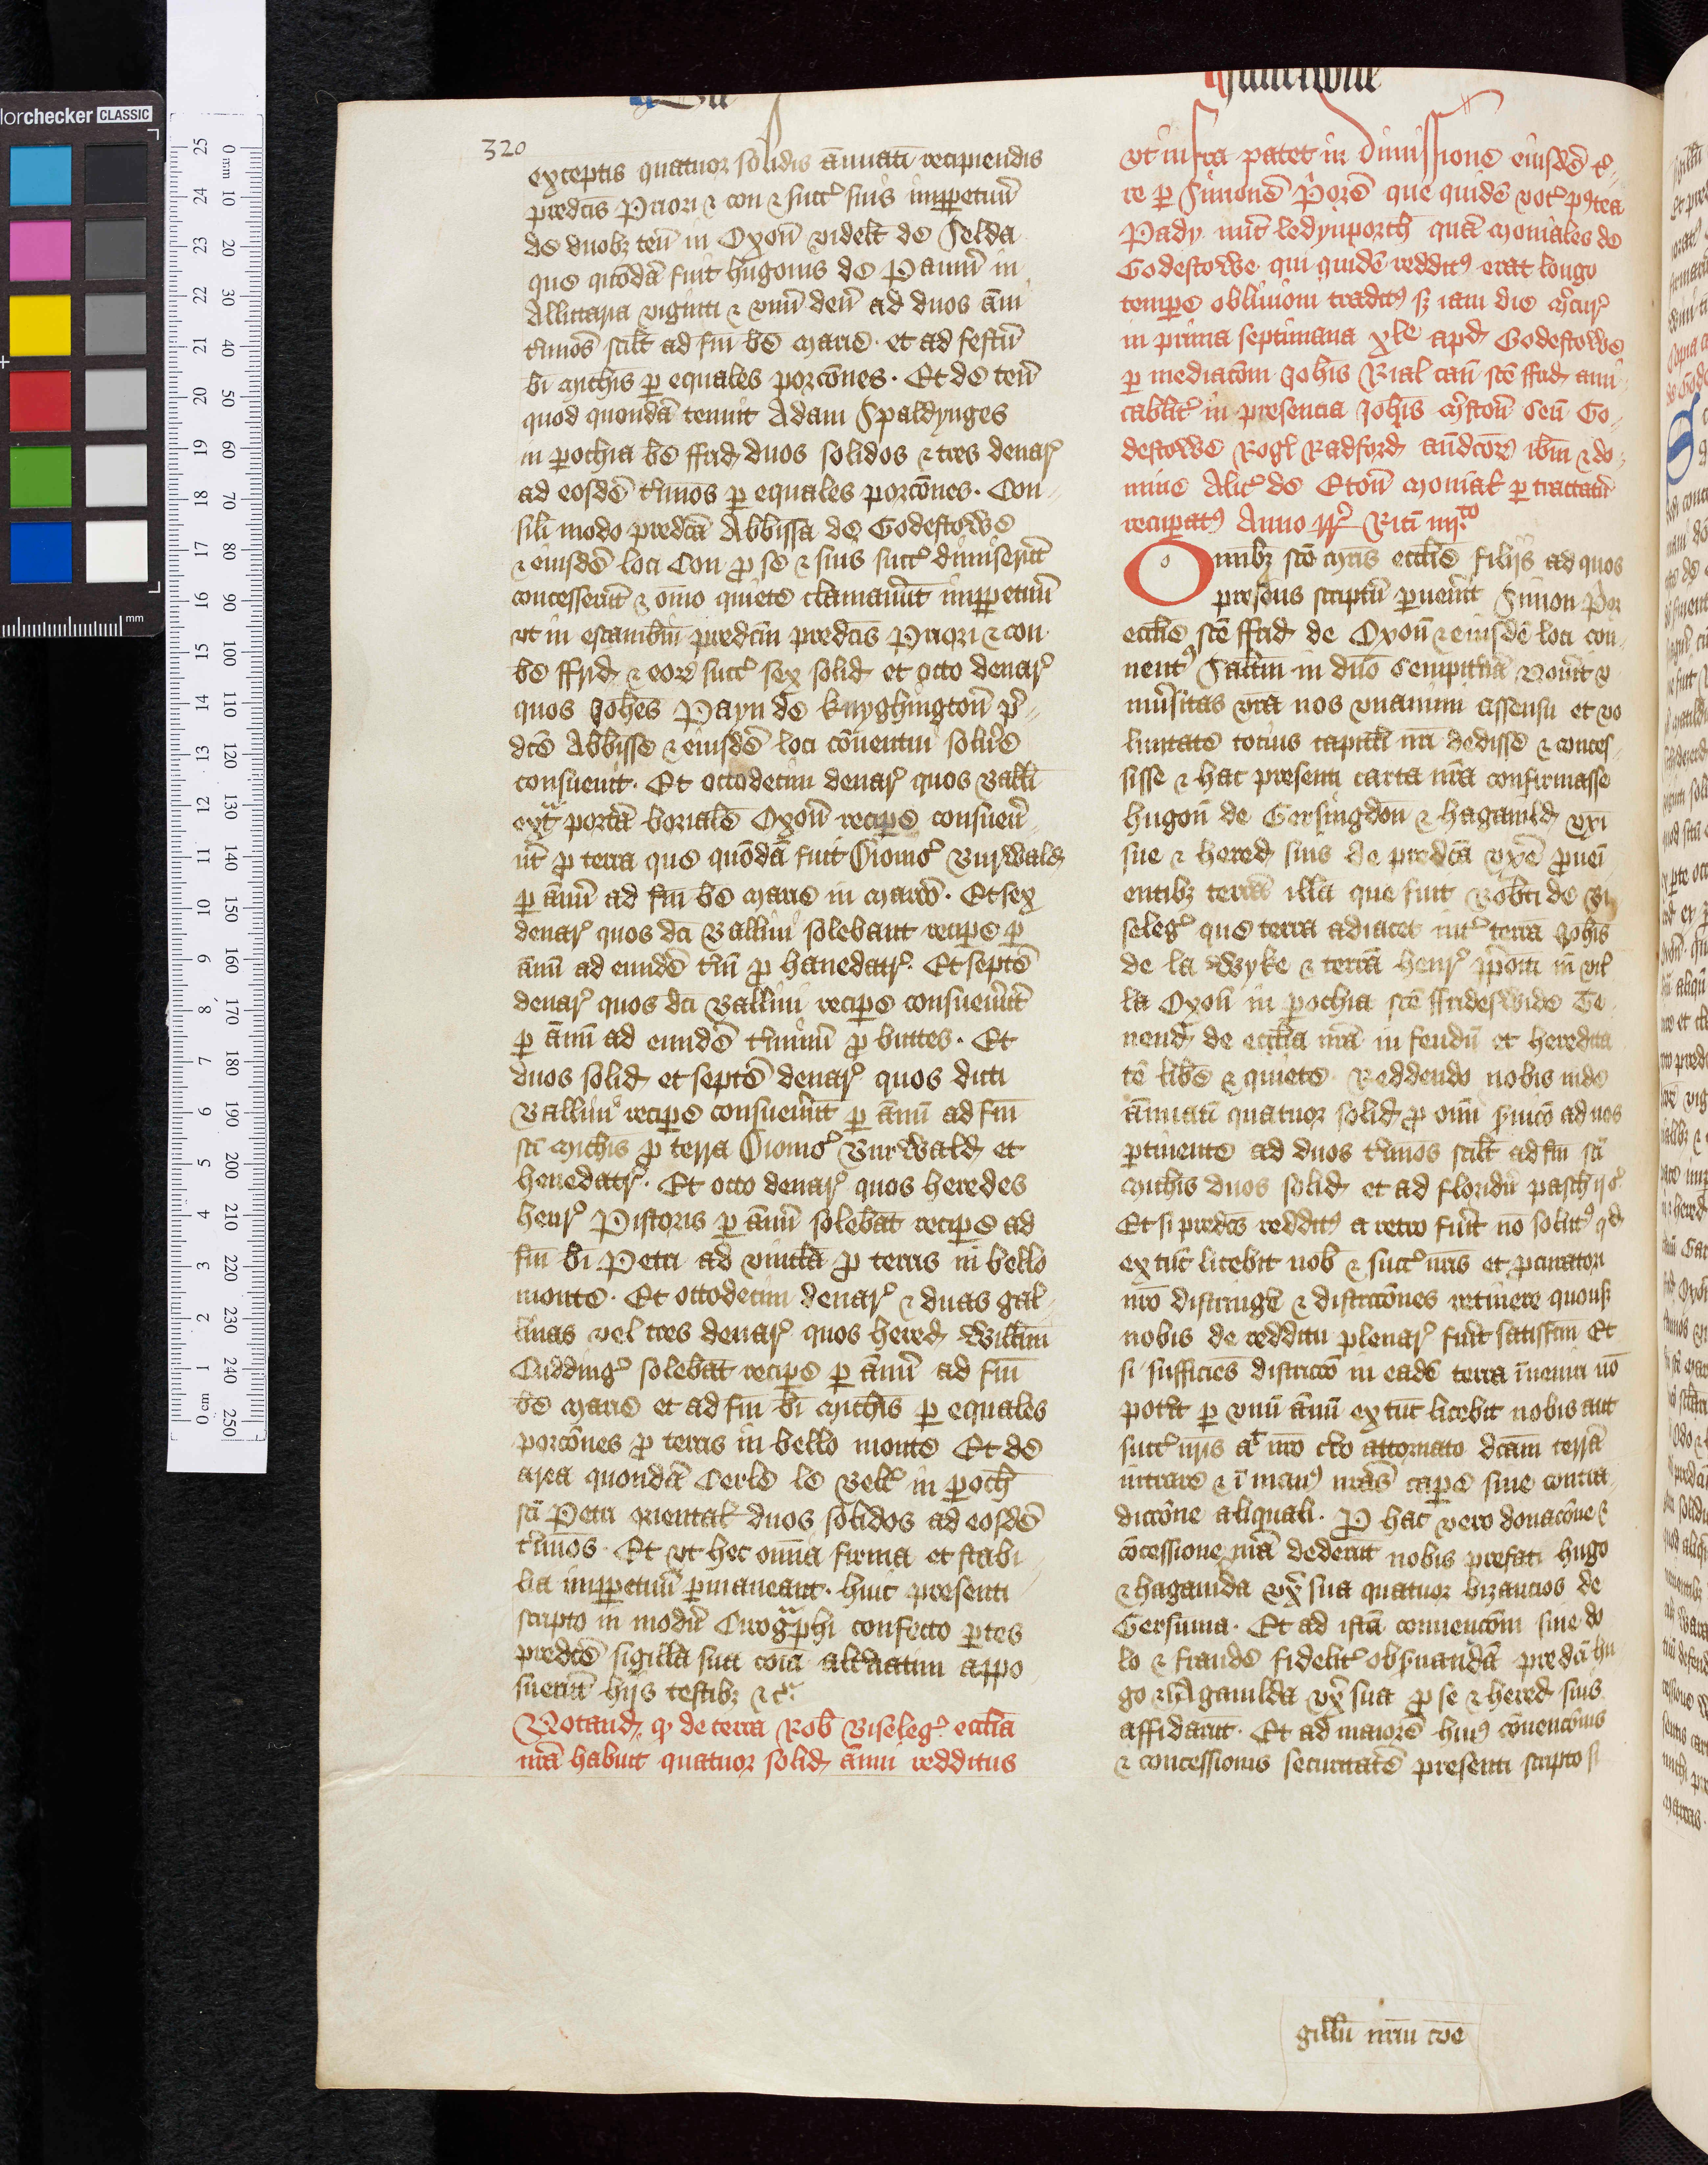
Shelfmark: Oxford, Christ Church Archives, D&C VI.1
Century: 14